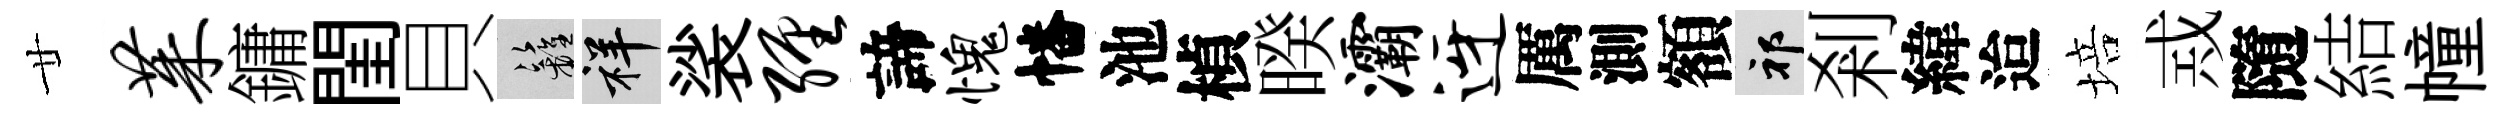
廿茱鏞閨貝籬祥裟缠諦愧幡池楨暌灞迓厲測額祁剎緯迨培𢦶隨結幢